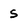
Character: s